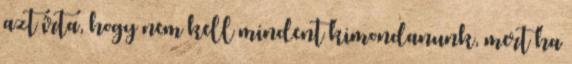
azt írta, hogy nem kell mindent kimondanunk, mert ha